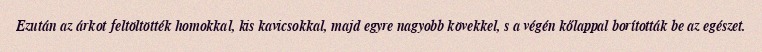
Ezután az árkot feltöltötték homokkal, kis kavicsokkal, majd egyre nagyobb kövekkel, s a végén kőlappal borították be az egészet.